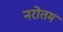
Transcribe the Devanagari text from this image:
नरोतम